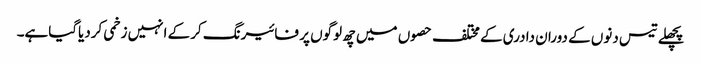
پچھلے تیس دنوں کے دوران دادری کے مختلف حصوں میں چھ لوگوں پر فائیرنگ کرکے انہیں زخمی کردیاگیاہے۔